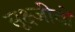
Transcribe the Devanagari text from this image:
सूक्ष्जीवों